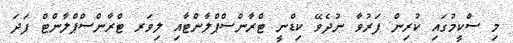
މި ސްކީމުގައި ކުރިން ފަރުވާ ނުދެވޭ ކިޑްނީ ޓްރާންސްޕްލާންޓާއި ލިވަރ ޓްރާންސްޕްލާންޓް ފަދަ